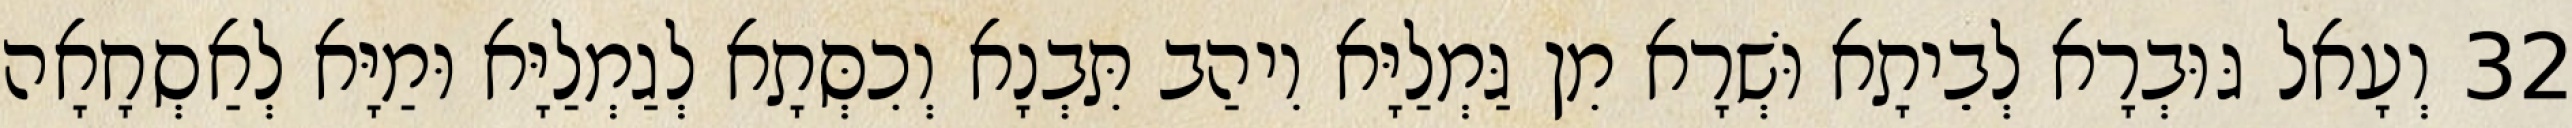
32 וְעָאל גּוּבְרָא לְבֵיתָא וּשְׁרָא מִן גַּמְלַיָּא וִיהַב תִּבְנָא וְכִסְּתָא לְגַמְלַיָּא וּמַיָּא לְאַסְחָאָה